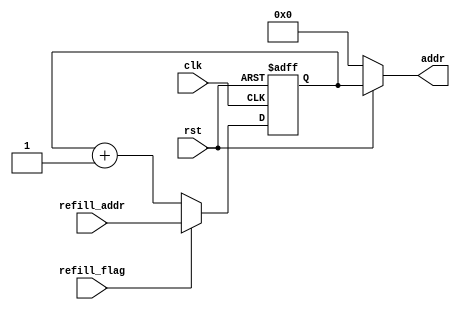
`timescale 1ns / 1ps

module pc(
    input           clk,
    input           rst,
    input           refill_flag,
    input   [31:0]  refill_addr,
    output  [31:0]  addr
    );
    
    reg [31:0]pcr;
    
    assign addr = !rst ? 0 : pcr;
    
    always @(posedge clk or negedge rst) begin 
        if (!rst) begin
            pcr <= 32'hffffffff;
        end
        else if (refill_flag) begin 
            pcr <= refill_addr;
        end
        else begin
            pcr <= pcr + 32'h1;
        end
    end
    
endmodule